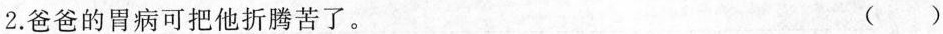
2.爸爸的胃病可把他折腾苦了。 ( )